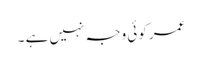
عمر کوئی وجہ نہیں ہے ۔